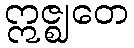
ဣဇ္ဈတေ